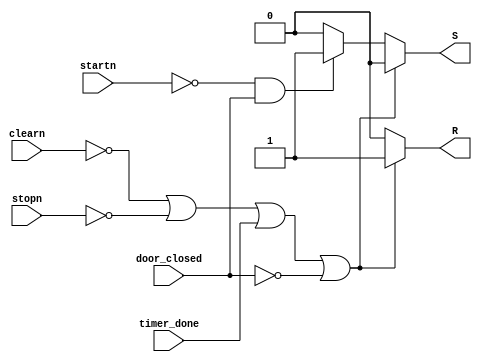
//`timescale 1ns/1ps

module logic_control (
    input wire startn,
    input wire stopn,
    input wire clearn,
    input wire door_closed,
    input wire timer_done,
    output reg R,
    output reg S

);

    

    always @(startn or stopn or clearn or door_closed or timer_done)
    begin
        if(!clearn || !stopn || timer_done || !door_closed)
            begin
                S = 0;
                R = 1;
            end
        else if(!startn && door_closed)
            begin
                S = 1;
                R = 0;
            end
        else begin
            S = 0;
            R = 0;
        end

      
    end




endmodule